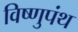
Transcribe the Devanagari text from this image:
विष्णुपंथ